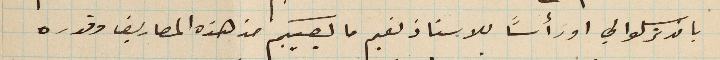
بان ترسلوا لي او رأساً للاستاذ نعيم ما يصيبكم من هذه المصاريف وقدره